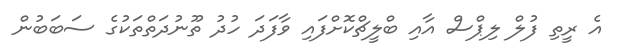
އެ ރީތި ފުލް ލިޕްސް އާއި ބްލީޗްކޮށްފައި ވާފަދަ ހުދު ތޫނުދަތްތަކުގެ ސަބަބުން